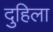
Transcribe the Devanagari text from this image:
दुहिला